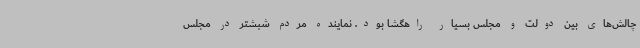
چالش‌های بین دولت و مجلس بسیار راهگشا بود. نماینده مردم شبشتر در مجلس